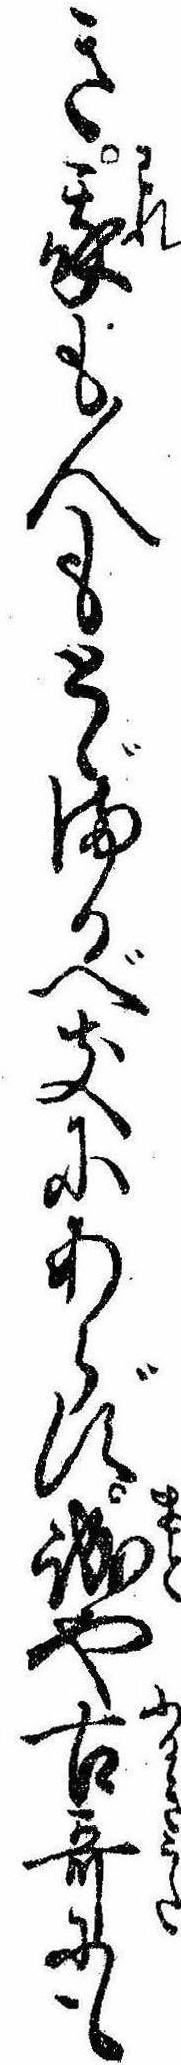
き我も人もとゞまるべきにあらず誠や古歌にも